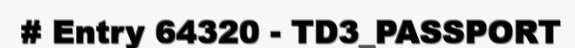
# Entry 64320 - TD3_PASSPORT